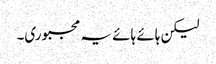
لیکن ہائے ہائے یہ مجبوری۔